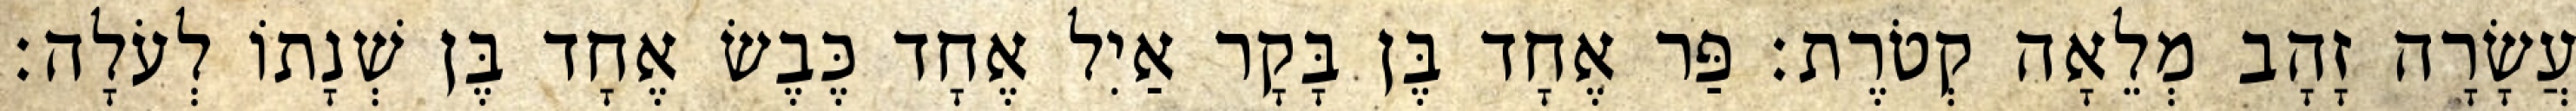
עֲשָׂרָה זָהָב מְלֵאָה קְטֹרֶת׃ פַּר אֶחָד בֶּן בָּקָר אַיִל אֶחָד כֶּבֶשׂ אֶחָד בֶּן שְׁנָתוֹ לְעֹלָה׃